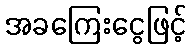
အခကြေးငွေဖြင့်